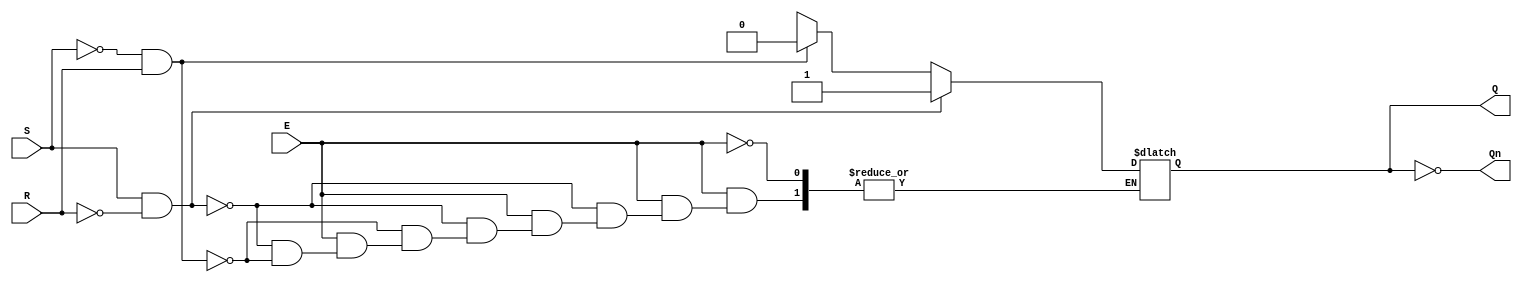
module gated_sr_latch (
    input wire S,      // Set input
    input wire R,      // Reset input
    input wire E,      // Enable input
    output reg Q,      // Output Q
    output wire Qn     // Complementary output Q'
);

    assign Qn = ~Q; // Q' is the inverse of Q

    always @(*) begin
        if (E) begin
            if (S && ~R) begin
                Q = 1;  // Set Q to 1
            end else if (~S && R) begin
                Q = 0;  // Reset Q to 0
            end else if (~S && ~R) begin
                // Hold state (do nothing)
                Q = Q;  // Retain current state
            end else begin
                // Invalid state (S = 1 and R = 1)
                // This can be handled as per design requirements
                // Here we can choose to do nothing or set Q to a known state
                // For safety, we can keep Q unchanged
                Q = Q;  // Retain current state
            end
        end
        // If E is low, retain the current state (Q remains unchanged)
    end

endmodule